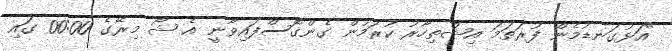
"އަޅުގަނޑުމެން ފުރަތަމަ އިޝްތިހާރު ކުރަމުން ގެންގޮސްފައިވާނީ އެ ޝޯ މިރޭގެ 00:00 ގައި